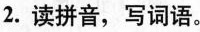
2.读拼音，写词语。